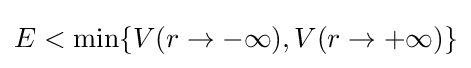
E<\operatorname {min} \{V(r\to -\infty ),V(r\to +\infty )\}